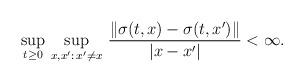
LaTeX: \begin{align*}\sup_{t\ge 0}\, \sup_{x,x': \, x'\not = x}\, \frac{\|\sigma(t,x)-\sigma(t,x')\|}{|x-x'|}<\infty.\end{align*}